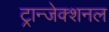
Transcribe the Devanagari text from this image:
ट्रान्जेक्शनल